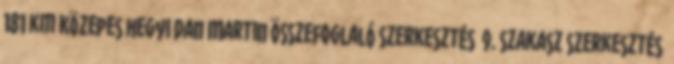
181 km Közepes hegyi Dan Martin Összefoglaló szerkesztés 9. szakasz szerkesztés